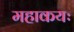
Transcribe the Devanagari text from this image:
महाकयः